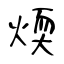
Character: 煗